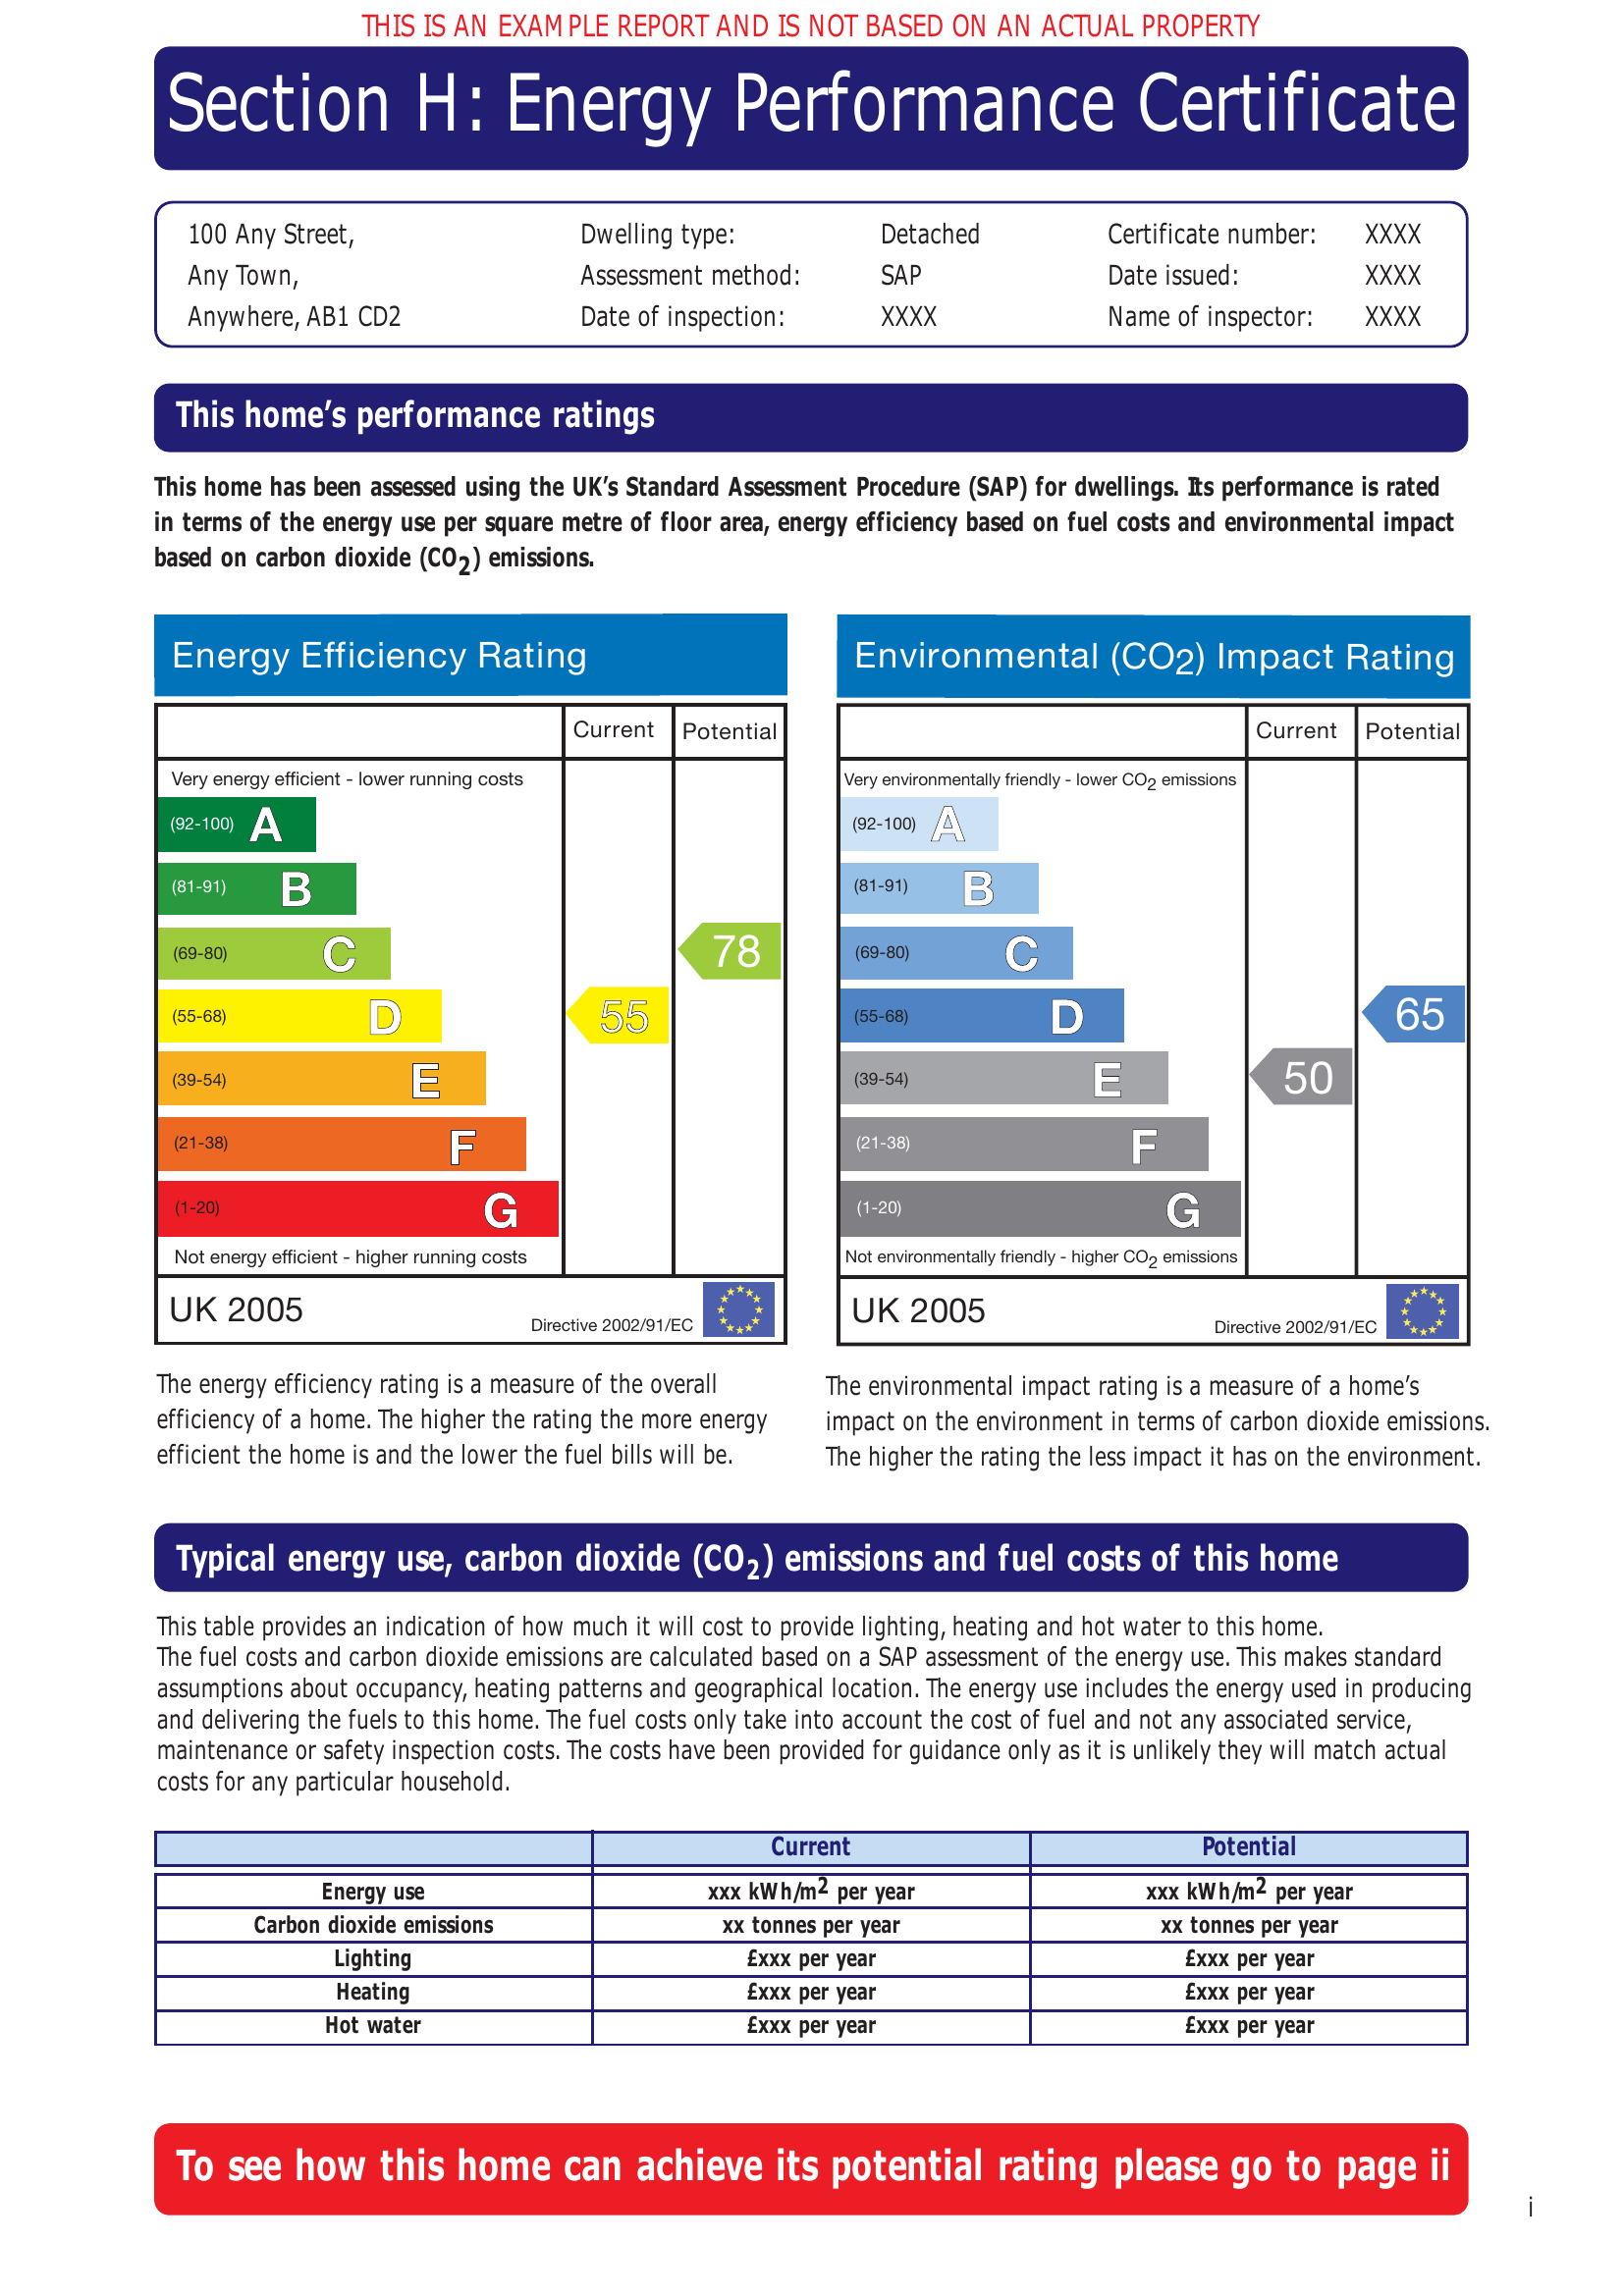
Current energy efficiency rating: B (score 88)
Potential energy efficiency rating: B (score 89)
Current environmental impact (CO2) rating: B (score 87)
Potential environmental impact (CO2) rating: B (score 88)